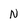
Character: N